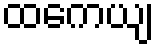
ထကေယျ